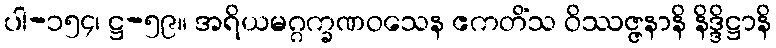
ပါ-၁၅၄၊ ဋ္ဌ-၅၉။ အရိယမဂ္ဂက္ခဏဝသေန ဧကတိံသ ဝိဿဇ္ဇနာနိ နိဒ္ဒိဋ္ဌာနိ